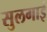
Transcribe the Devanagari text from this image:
सुलगाई